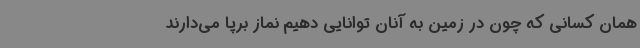
همان کسانی که چون در زمین به آنان توانایی دهیم نماز برپا می‌دارند